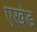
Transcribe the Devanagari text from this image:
एखंड